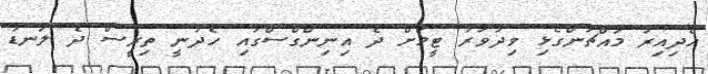
ހެދިއިރު މައްޗަންގޯޅި ވިދުވަރު ޓީމަށް ދެ އިނިންގްސްގައި ހެދުނީ ތިރީސް ދެ ލަނޑު